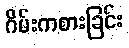
ဂိမ်းကစားခြင်း